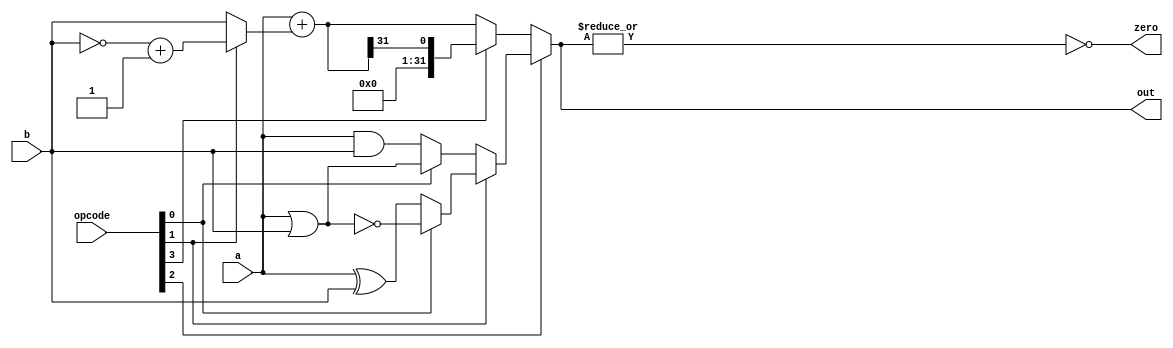
module ALU(input [31:0] a, b, input[3:0] opcode, output [31:0] out, output zero);
wire carry;
wire opcode_3, opcode_2, opcode_1, opcode_0;
assign {opcode_3, opcode_2, opcode_1, opcode_0} = opcode;

wire [31:0] arith_out; // output for adder and slt
wire [31:0] adder_out; // output for adder
wire [31:0] arith_in; // second argument for the adder
wire [31:0] logic_out;

// Logic unit
// 00: and, 01: or, 10: xor, 11: nor
assign logic_out = opcode_1 ? (opcode_0 ? ~(a|b) : a^b) : (opcode_0 ? a|b : a&b);

// Arithmetic unit
// if opcode_1 sub else add
assign arith_in = opcode_1 ? (~b + 1) : b;
assign adder_out = a + arith_in;
//Adder add(.a(a), .b(arith_in), .s(adder_out), .c_out(carry)); // Adder is buggy.
// if opcode_3 slt else sub or add
assign arith_out = opcode_3 ? {31'b0, adder_out[31]} : adder_out;

// if opcode_2 logic else arithmetic
assign out = opcode_2 ? logic_out : arith_out;
assign zero = !(|out);
endmodule